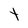
Character: t